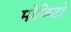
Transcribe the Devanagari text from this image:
मोजिटो